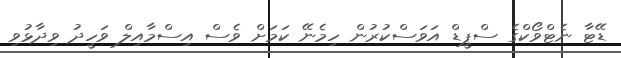
ޑޭޓާ ނެޓްވޯކްގެ ސްޕީޑް އަވަސްކުރުން ހިމެނޭ ކަމަށް ވެސް އިސްމާއިލް ވަހީދު ވިދާޅުވި